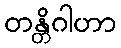
တန္တိဂါဟာ